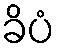
ခိပံ